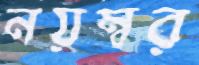
নয়ম্বর